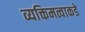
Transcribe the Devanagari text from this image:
व्यक्तिमत्वाकडे